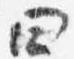
四